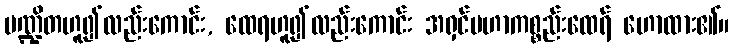
ပဏ္ဍိတဟူ၍လည်းကောင်း, ထေရဟူ၍လည်းကောင်း အရှင်မဟာကစ္စည်းထေရ် ဟောထား၏။